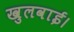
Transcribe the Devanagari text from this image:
खुलवाई।